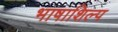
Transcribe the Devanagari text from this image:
भाषाशिल्प